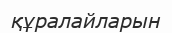
құралайларын